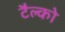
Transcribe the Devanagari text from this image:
टैल्को